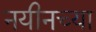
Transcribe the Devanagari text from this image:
नयीनच्या